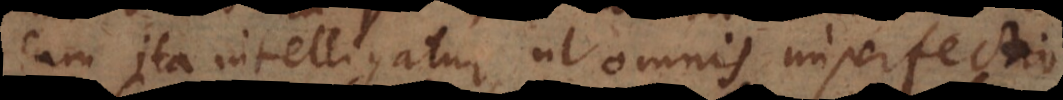
cum ita intelligatur, ut omnis imperfectio